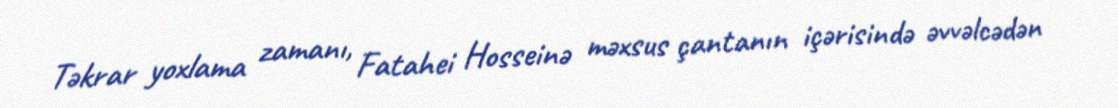
Təkrar yoxlama zamanı, Fatahei Hosseinə məxsus çantanın içərisində əvvəlcədən